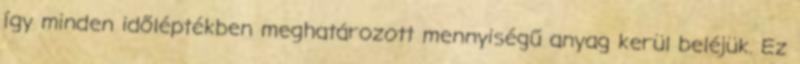
így minden időléptékben meghatározott mennyiségű anyag kerül beléjük. Ez